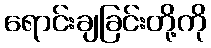
ရောင်းချခြင်းတို့ကို